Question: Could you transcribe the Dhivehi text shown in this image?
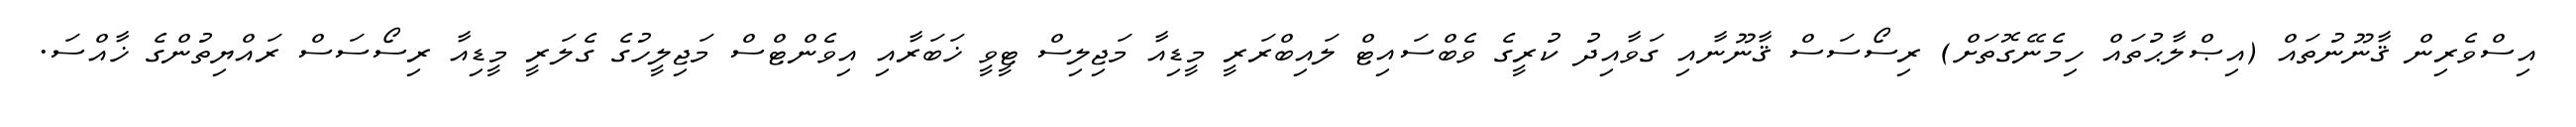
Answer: އިސްވެރިން ޤާނޫނުތައް (އިޞްލާޙުތައް ހިމެނޭގޮތަށް) ރިސޯސަސް ޤާނޫނާއި ގަވާއިދު ކުރީގެ ވެބްސައިޓް ލައިބްރަރީ މީޑިއާ މަޖިލިސް ޓީވީ ޚަބަރާއި އިވެންޓްސް މަޖިލީހުގެ ގެލަރީ މީޑިއާ ރިސޯސަސް ރައްޔިތުންގެ ޚާއްސަ.